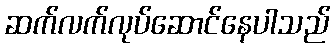
ဆက်လက်လုပ်ဆောင်နေပါသည်